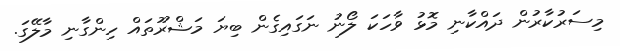
މިސަރުކާރުން ދައްކާނި މޮޅު ވާހަކަ ލޯނު ނަގައިގެން ބިޔަ މަޝްރޫތައް ހިންގާނި މާލޭގަ.